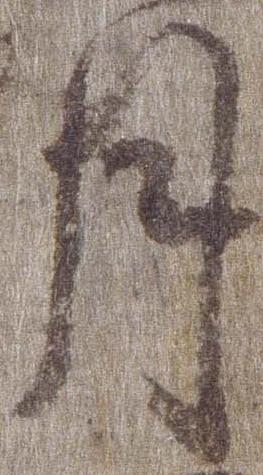
月